Civil Veterinary Dept. Bombay admin report 1932-41 - 1932-1941
Year: 1932
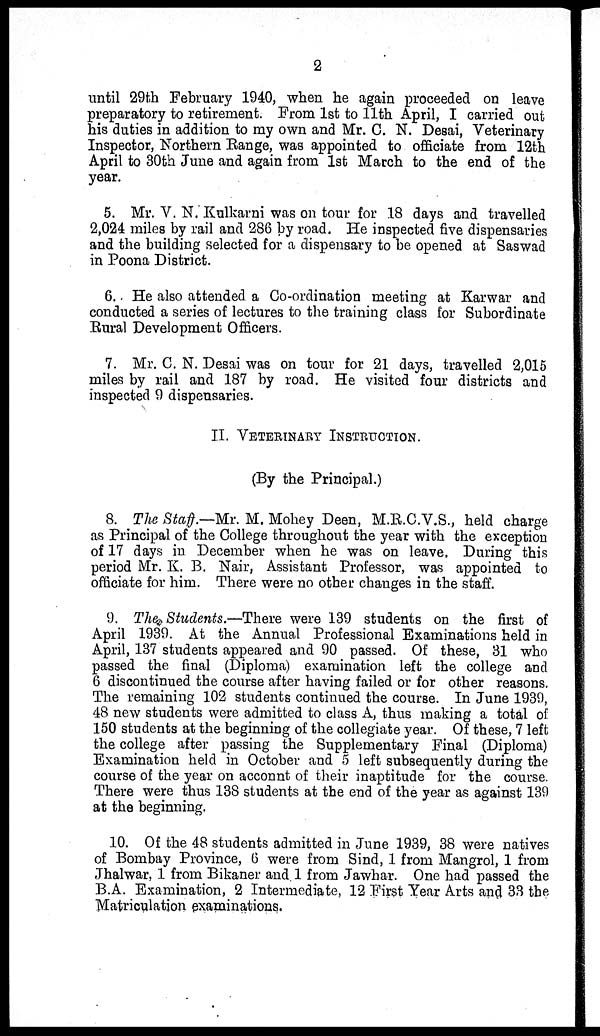
2
until 29th February 1940, when he again proceeded on leave
preparatory to retirement. From 1st to 11th April, I carried out
his duties in addition to my own and Mr. C. N. Desai, Veterinary
Inspector, Northern Range, was appointed to officiate from 12th
April to 30th June and again from 1st March to the end of the
year.
5. Mr. V. N. Kulkarni was on tour for 18 days and travelled
2,024 miles by rail and 286 by road. He inspected five dispensaries
and the building selected for a dispensary to be opened at Saswad
in Poona District.
6. He also attended a Co-ordination meeting at Karwar and
conducted a series of lectures to the training class for Subordinate
Rural Development Officers.
7. Mr. C. N. Desai was on tour for 21 days, travelled 2,015
miles by rail and 187 by road. He visited four districts and
inspected 9 dispensaries.
II. VETERINARY INSTRUCTION.
(By the Principal.)
8. The Staff.—Mr. M. Mohey Deen, M.R.C.V.S., held charge
as Principal of the College throughout the year with the exception
of 17 days in December when he was on leave. During this
period Mr. K. B. Nair, Assistant Professor, was appointed to
officiate for him. There were no other changes in the staff.
9. The Students.—There were 139 students on the first of
April 1939. At the Annual Professional Examinations held in
April, 137 students appeared and 90 passed. Of these, 31 who
passed the final (Diploma) examination left the college and
6 discontinued the course after having failed or for other reasons.
The remaining 102 students continued the course. In June 1939,
48 new students were admitted to class A, thus making a total of
150 students at the beginning of the collegiate year. Of these, 7 left
the college after passing the Supplementary Final (Diploma)
Examination held in October and 5 left subsequently during the
course of the year on acconnt of their inaptitude for the course.
There were thus 138 students at the end of the year as against 139
at the beginning.
10. Of the 48 students admitted in June 1939, 38 were natives
of Bombay Province, 6 were from Sind, 1 from Mangrol, 1 from
Jhalwar, 1 from Bikaner and 1 from Jawhar. One had passed the
B.A. Examination, 2 Intermediate, 12 First Year Arts and 33 the
Matriculation examinations.